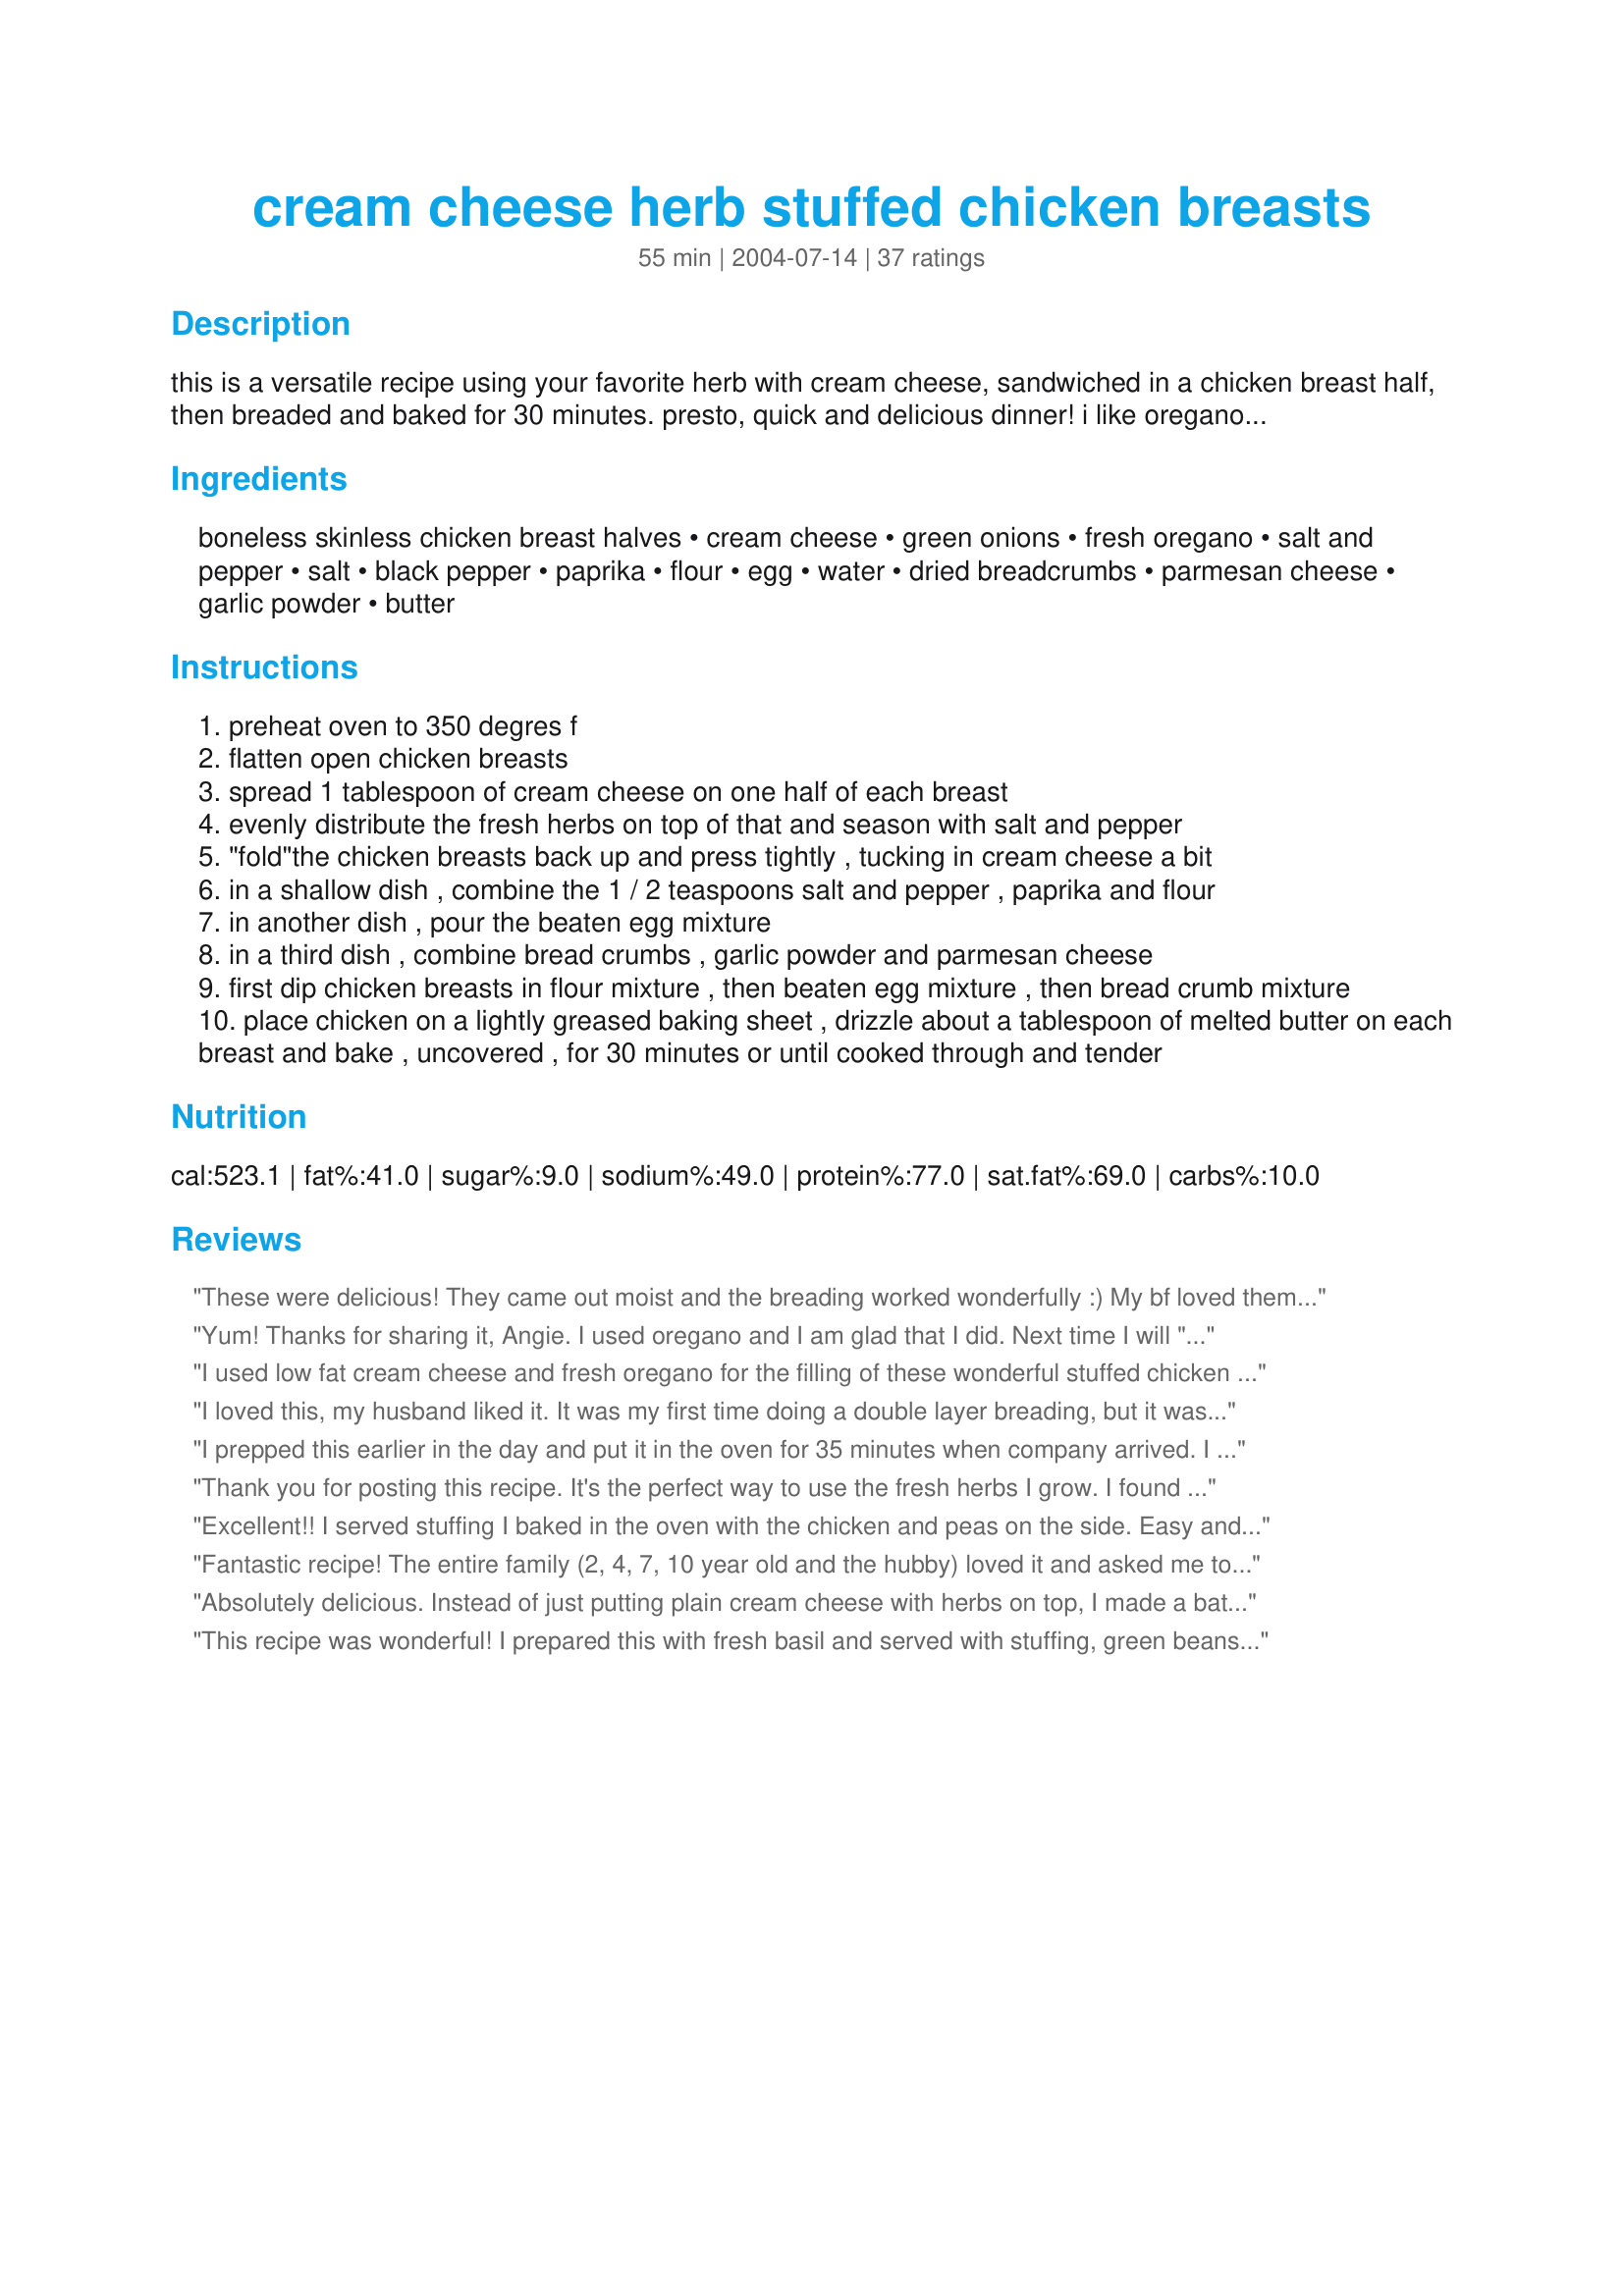
cream cheese herb stuffed chicken breasts
Preparation time: 55 minutes

this is a versatile recipe using your favorite herb with cream cheese, sandwiched in a chicken breast half, then breaded and baked for 30 minutes. presto, quick and delicious dinner! i like oregano; sage or basil are other possibilities. try 'em all!

Ingredients:
boneless skinless chicken breast halves, cream cheese, green onions, fresh oregano, salt and pepper, salt, black pepper, paprika, flour, egg, water, dried breadcrumbs, parmesan cheese, garlic powder, butter

Steps:
preheat oven to 350 degres f
flatten open chicken breasts
spread 1 tablespoon of cream cheese on one half of each breast
evenly distribute the fresh herbs on top of that and season with salt and pepper
"fold"the chicken breasts back up and press tightly , tucking in cream cheese a bit
in a shallow dish , combine the 1 / 2 teaspoons salt and pepper , paprika and flour
in another dish , pour the beaten egg mixture
in a third dish , combine bread crumbs , garlic powder and parmesan cheese
first dip chicken breasts in flour mixture , then beaten egg mixture , then bread crumb mixture
place chicken on a lightly greased baking sheet , drizzle about a tablespoon of melted butter on each breast and bake , uncovered , for 30 minutes or until cooked through and tender

Reviews:
These were delicious! They came out moist and the breading worked wonderfully :) My bf loved them also, this one is definatly going in the save folder!
Yum! Thanks for sharing it, Angie. I used oregano and I am glad that I did. Next time I will "fasten" the "folded" chicken breast with a toothpick because one of mine didn't stay closed.
I used low fat cream cheese and fresh oregano for the filling of these wonderful stuffed chicken breasts. Since there was not a ton of stuffing I didn't have too much trouble making the bundles. We will have this again I'm sure.
I loved this, my husband liked it. It was my first time doing a double layer breading, but it was like my boneless skinless chicken breast had skin, so I'm a huge fan of the breading. The dish was very moist and rich, I will definitely be making it again, probably when I have company next time.
I prepped this earlier in the day and put it in the oven for 35 minutes when company arrived. I used dried sage and fresh parsley. I drizzled with EVOO because I didn't have any butter. This was wonderful, and the guest asked for the recipe as well. I can't wait to make this one again.
Thank you for posting this recipe. It's the perfect way to use the fresh herbs I grow. I found after I made them once, I no longer measured anything. It's tough to mess this recipe up! Last night I used cilantro for the herb and topped the chicken with some salsa after it was baked.
Excellent!! I served stuffing I baked in the oven with the chicken and peas on the side. Easy and adds a twist on everyday chicken. I did cook it 10 minutes longer as my chicken breasts were pretty big. Yum!!
Fantastic recipe! The entire family (2, 4, 7, 10 year old and the hubby) loved it and asked me to add it to our staples :) Thanks for sharing!
Absolutely delicious. Instead of just putting plain cream cheese with herbs on top, I made a batch of my Recipe #291865 Amazing Cream Cheese Frosting and it took it to a whole other level! I almost forgot to drizzle butter on top of the coated chicken, but this is a very important step! I loved the crunchy crust, and I had to bake mine for 35 minutes at 350, and then another 15 minutes at 425 to get it crunchy! I will make this again and again as it was loved by all....
This recipe was wonderful! I prepared this with fresh basil and served with stuffing, green beans and a fruit salad. My fiancee first thought it was just shake and bake, but then he realized it was "fancy" chicken! I didn't tell him it was easy to make! He and my roommate both loved it. I will definitely be making this again. Can't wait to try different herbs. Thanks for the recipe!
I tried this out the other night and we were quit pleased. I didn't have any fresh herbs so I used an Italian seasoning mox and they came out awesome! Thanx for a new way to enjoy our chicken, this will be made again. I might add spinach next time...
This was great! This will be a keeper in our home! Hubby just loved it. I had mine with green beans and he had his with pasta. Thanks again for a great dinner!
Mmmmmmmm...This one is a keeper. I used fresh basil with outstanding results. It is THE perfect dish for a dinner party. It looked very professional and it tasted even better. Thank you.
This was really good. I had some left over fresh Oregano and found this recipe to try. Wasn't real sure of the outcome but WOW I was impressed. Will try again with a different herb.
A really great recipe that my family loved. The herbs could easily be changed to many different combinations and this dish would still taste great.
Good recipe! I found that I did not have enough bread crumbs so had to add more. I cut the green onions way back just for personal preference. Also, I needed about 10 minutes more cooking time. Will definitely make this again. Thx EdsGirlAngie.
This is amazing and it is simple but people think I have spent all day in the kitchen! Thanks for sharing this recipe!
This recipe was very tasty. I served it for my husband and guests and everyone loved it. I used fresh oregano from my garden. Next time (and there will definitely be a next time) I will use basil. I have to agree with one of the reviewers; it was a messy to make, but it was worth it. All-in-all, a great recipe!!!
OMG!!!! Absolutely delicious. Perfect for company.
My family loved this, even the kids! I was the only one to complain (too many green onions), but we all finished our plates. Thanks for the great recipe.
My family flipped over this chicken. Next time I will make another half of the recipe so we can have all we want. And there will be a next time!
Outstanding chicken dish.It tasted wonderful! I used fresh herbs in place of dried and added a bit of fresh minced garlic - amazing flavor for minimal work.thank you
Made for a delicious meal, can't wait to prepare this for family and friends, I love cream cheese but using it along with my stuffing was a first for me. I used dried sage, snipped parsley and chives fresh from the garden. The tablespoon of creamed cheese worked well for me. Chicken is a favorite here and know I will make this often. Just think of all the combinations of herbs one can use! Thank you for posting this recipe.
Absolutely wonderful! I only had two monstrous chicken breasts, so i cut it in half, then spread the cheese onto each half. I used oregano and basil and otherwise followed the directions to a T. Other than one of my chicken breasts coming "unfolded" slightly, this turned out amazing. My boyfriend, who was feeling under the weather, just raved. An instant favorite!
Good! I used chopped cornflakes instead of breadcrumbs, no green onion, and dried basil. I also doubled everything but the chicken, which I had about a pound and a half of (about a dozen strips), and it worked out well.
Overall, this is good. I used my large Wilton Armatale platter for this and it worked great. I don't agree with those who said this is "easy to put together." Messy?--very. Easy?--not so much.
Wow, was this good. I thought the prep and cook times were right on point, and the chicken came out super moist -- not dry at all. I followed the recipe, using fresh oregano as you suggested, with some minor changes: Do green onions count as an herb? I wasn't sure, so I didn't know if they were supposed to go in the chicken at step 3, but I threw them in there anyway. I also used toothpicks to hold the chicken breasts together once I folded them back up. They made it a lot easier to dip the chicken in all the different bowls without having it come apart/get really messy. I like a lot of garlic, so I used more than 1/4 teaspoon, probably about 1/2 or a little more. I also used Italian-flavor breadcrumbs, which I thought went really well with the oregano... all the flavors were just constantly present in all the different levels. This was very delicious, and when it's done, it looks and tastes like it was very difficult to prepare -- a good way to trick people! Thanks for a nice way to use up cream cheese!
I made this on December 13th 2009. I used exactly the amount of cream cheese that it called for, it turned out a little dry,so the next time I am going to use at least 3 or4 tablespoons of the cream cheese. It has a very good flavor and taste over all.I mixed Parmesan cheese with coconut flakes with the dry seasoning to add a little crispness and flavor. I also used shallots instead of onion. I think it would be very moist if it was covered with aluminum foil to help keep the moisture inside the pan. I will make this again. Thank you for posting Angie ,,,Ed's girl.
My husband and I loved this recipe. We will be making it again. Chicken turned out perfect, and cream cheese made it taste so good. Good recipe!
Delightful. I substituted and Italian blend of cheeses in place of the cream cheese. Maybe a tad too much oregano for my taste. Still ate the whole thing.
Enjoyed this. I did have to turn them over once. Very moist. Thanks for the recipe.
This recipe was great!! My boyfriend and very picky 5 year old absolutly devoured it! It will definately be on our dinner table again. 
Thank you!! :)
I added in a few leaves of spinach along with some basil instead of just the herbs. I added another tablespoon of cream cheese too, then kept the other ingredients the same except I used 1/3 c. bread crumbs 1/3 c. parmesan cheese 1/3 tsp. garlic powder and 3 T. melted butter. My friends and I loved this and we all give it 5 stars here!
Very tasty. Only ingredient change was dried chives, didn't have green onions. I mixed the herbs with the cream cheese ahead of time to let flavours blend together & make it easier to distribute on chicken. I also used toothpicks to keep chicken folded. I meant to add a slice of black forest ham inside chicken but forgot so something to try next time. Thanks for sharing.
This was very easy to put together and the results were delicious. We thoroughly enjoyed this. I used fresh basil from my garden. I will make this often. Thanks very much.
Delicious! My friends and I loved it.
This is a very easy yet elegant dish! I made the chicken with fresh basil and served it with herb stuffing and a cauliflower casserole. It was very easy to make and not any more messy than other chicken dishes that you have to bread. I also fought the temptation to add more cream cheese and I am glad I did because it came out perfect. I am planning to use this recipe as a guide for other stuffed chicken dishes using different fillings. I loved the easy to follow directions. I was always to intimidated to try stuffed chicken. Thanks for the inspiration!
